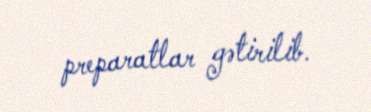
preparatlar gətirilib.